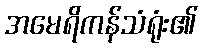
အမေရိကန်သံရုံး၏